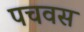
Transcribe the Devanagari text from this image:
पचवस